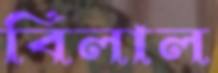
বিলাল